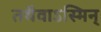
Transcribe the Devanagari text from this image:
तथैवाऽस्मिन्